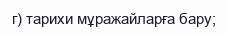
г) тарихи мұражайларға бару;